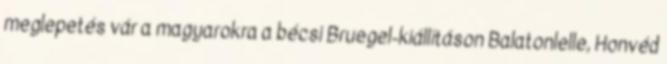
meglepetés vár a magyarokra a bécsi Bruegel-kiállításon Balatonlelle, Honvéd